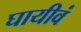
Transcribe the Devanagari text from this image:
घायीवं